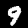
Label: 9